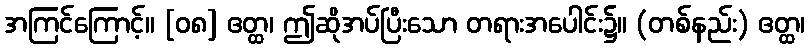
အကြင်ကြောင့်။ [၀၈] ဧတ္ထ၊ ဤဆိုအပ်ပြီးသော တရားအပေါင်း၌။ (တစ်နည်း) ဧတ္ထ၊